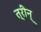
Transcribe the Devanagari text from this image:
त्रीन्